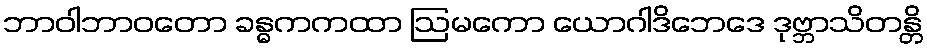
ဘာဝါဘာဝတော ခန္ဓကကထာ ဩမကော ယောဂါဒိဘေဒေ ဒုဗ္ဘာသိတန္တိ